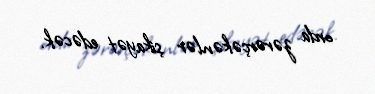
orda zərərçəkənlər şikayət edəcək.